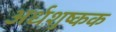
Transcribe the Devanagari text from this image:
अर्धशुष्कक